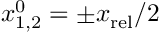
x _ { 1 , 2 } ^ { 0 } = \pm x _ { \mathrm { r e l } } / 2